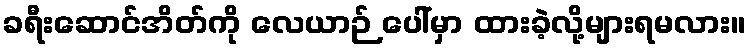
ခရီးဆောင်အိတ်ကို လေယာဉ် ပေါ်မှာ ထားခဲ့လို့များရမလား။